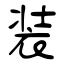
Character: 装